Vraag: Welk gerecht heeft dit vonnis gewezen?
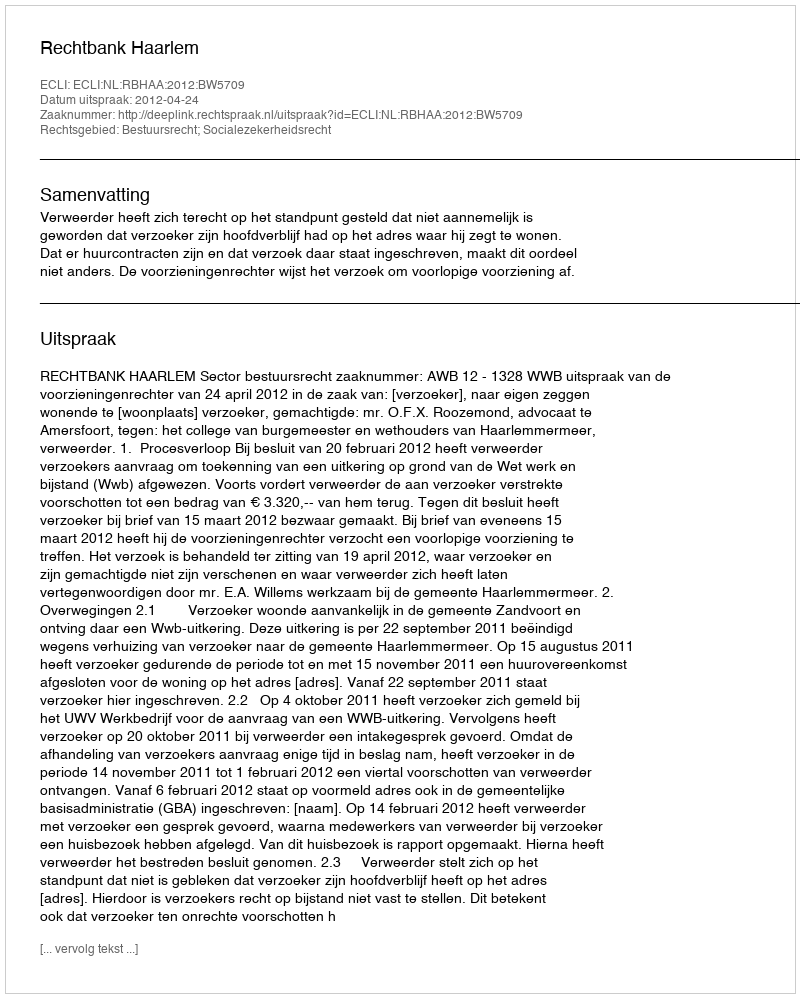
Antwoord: Rechtbank Haarlem